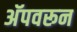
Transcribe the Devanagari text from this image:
अॅपवरून